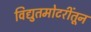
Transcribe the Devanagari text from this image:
विद्युतमोटरींतून